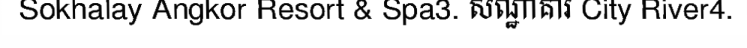
Sokhalay Angkor Resort & Spa3. សណ្ឋាគារ City River4.